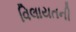
વિલાયતની